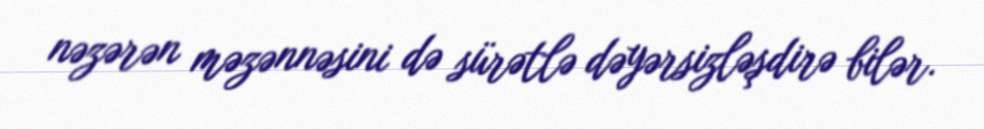
nəzərən məzənnəsini də sürətlə dəyərsizləşdirə bilər.